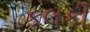
કલકી